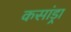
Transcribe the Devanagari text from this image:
कसांड्रा